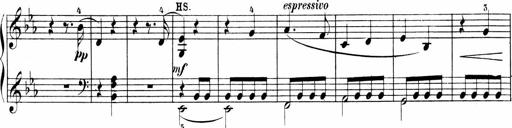
Title: Sonatinen Op.47, 98 und 136, nebst 6 Liedersonatinen
Composer: Carl Reinecke